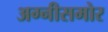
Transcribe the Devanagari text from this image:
अग्नीसमोर